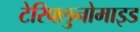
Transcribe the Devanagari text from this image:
टेरिफ्लुनोमाइड